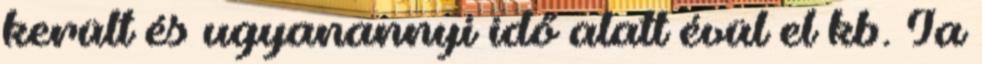
került és ugyanannyi idő alatt évül el kb. Ja